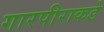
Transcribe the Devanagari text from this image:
गारपीराकडे